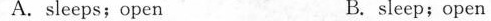
A.sleeps;open B. sleep;open